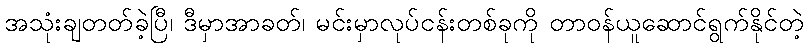
အသုံးချတတ်ခဲ့ပြီ၊ ဒီမှာအာခတ်၊ မင်းမှာလုပ်ငန်းတစ်ခုကို တာဝန်ယူဆောင်ရွက်နိုင်တဲ့